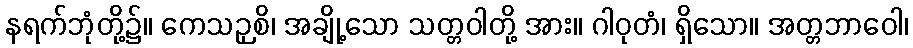
နရက်ဘုံတို့၌။ ကေသဉှစိ၊ အချို့သော သတ္တဝါတို့ အား။ ဂါဝုတံ၊ ရှိသော။ အတ္တဘာဝေါ၊